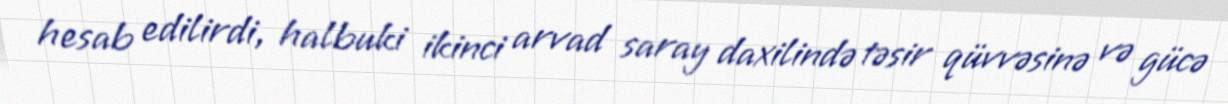
hesab edilirdi, halbuki ikinci arvad saray daxilində təsir qüvvəsinə və gücə